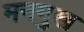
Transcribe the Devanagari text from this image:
मनमुख